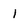
Character: 1